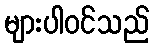
များပါဝင်သည်